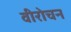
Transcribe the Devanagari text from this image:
वीरोचन